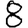
Digit: 8